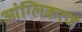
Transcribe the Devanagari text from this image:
आंग्लिकरण